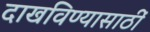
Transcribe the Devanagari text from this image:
दाखविण्यासाठीं